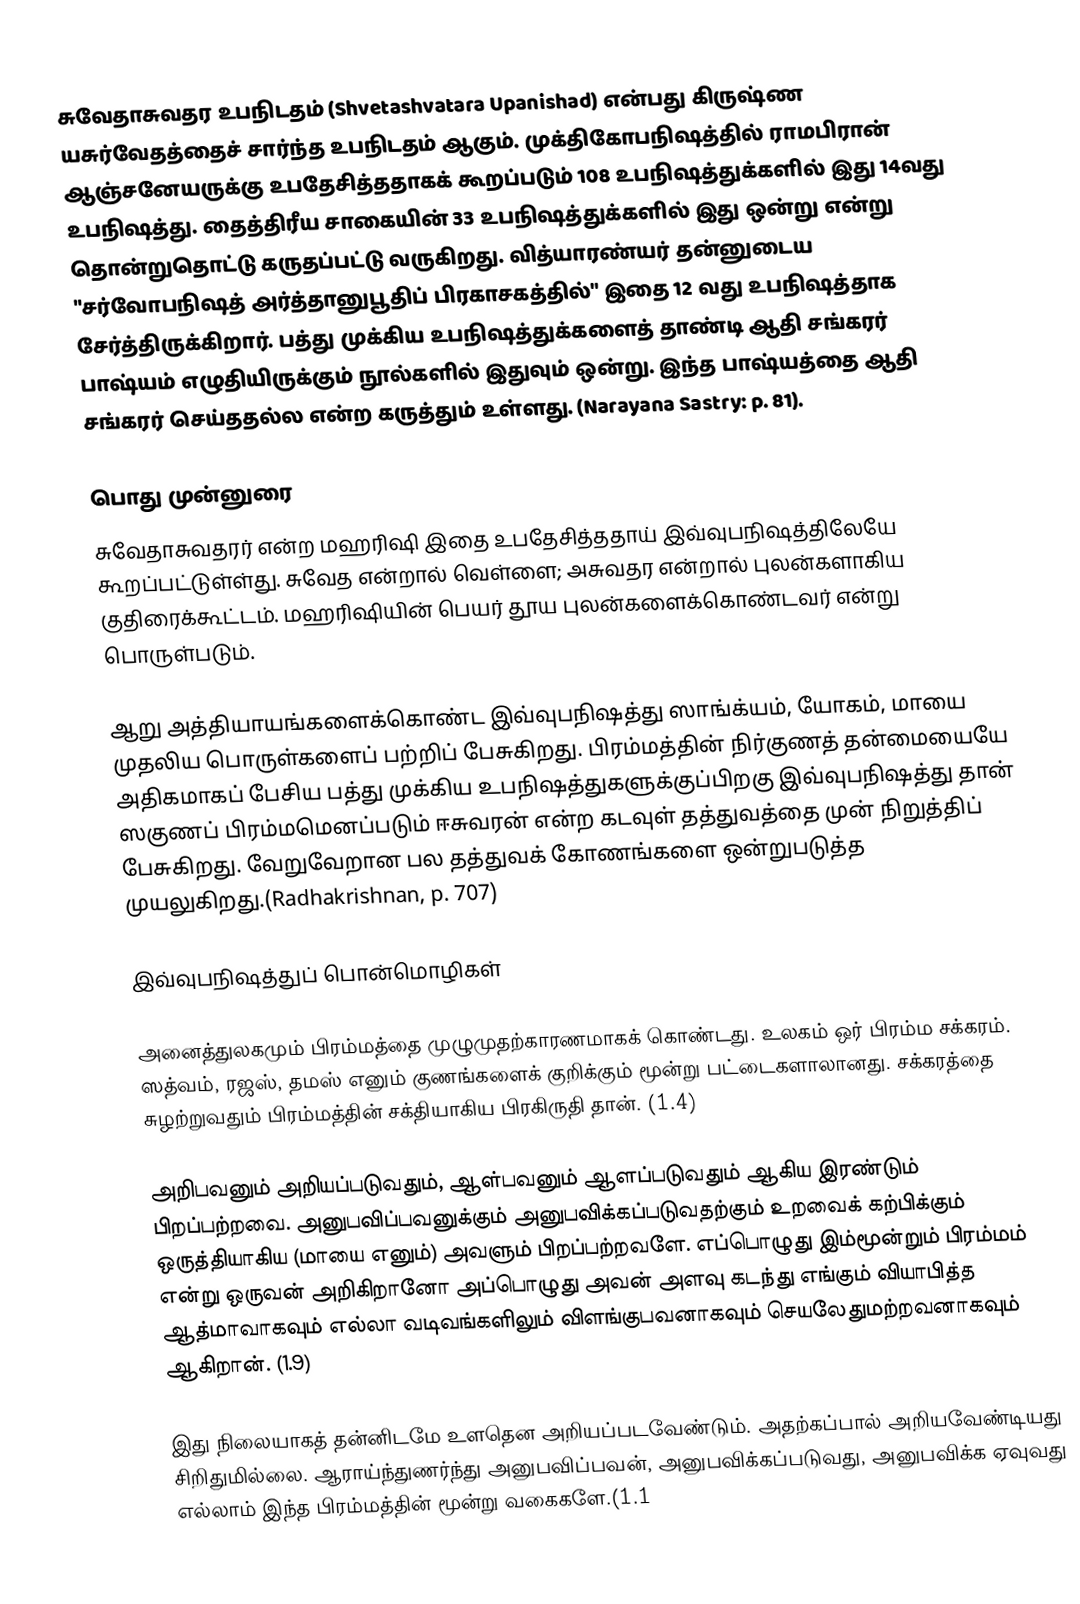
சுவேதாசுவதர உபநிடதம் (Shvetashvatara Upanishad) என்பது கிருஷ்ண யசுர்வேதத்தைச் சார்ந்த உபநிடதம் ஆகும். முக்திகோபநிஷத்தில் ராமபிரான் ஆஞ்சனேயருக்கு உபதேசித்ததாகக் கூறப்படும் 108 உபநிஷத்துக்களில் இது 14வது உபநிஷத்து. தைத்திரீய சாகையின் 33 உபநிஷத்துக்களில் இது ஒன்று என்று தொன்றுதொட்டு கருதப்பட்டு வருகிறது. வித்யாரண்யர் தன்னுடைய "சர்வோபநிஷத் அர்த்தானுபூதிப் பிரகாசகத்தில்" இதை 12 வது உபநிஷத்தாக சேர்த்திருக்கிறார். பத்து முக்கிய உபநிஷத்துக்களைத் தாண்டி ஆதி சங்கரர் பாஷ்யம் எழுதியிருக்கும் நூல்களில் இதுவும் ஒன்று. இந்த பாஷ்யத்தை ஆதி சங்கரர் செய்ததல்ல என்ற கருத்தும் உள்ளது. (Narayana Sastry: p. 81).

பொது முன்னுரை
சுவேதாசுவதரர் என்ற மஹரிஷி இதை உபதேசித்ததாய் இவ்வுபநிஷத்திலேயே கூறப்பட்டுள்ள்து. சுவேத என்றால் வெள்ளை; அசுவதர என்றால் புலன்களாகிய குதிரைக்கூட்டம். மஹரிஷியின் பெயர் தூய புலன்களைக்கொண்டவர் என்று பொருள்படும்.

ஆறு அத்தியாயங்களைக்கொண்ட இவ்வுபநிஷத்து  ஸாங்க்யம், யோகம், மாயை முதலிய பொருள்களைப் பற்றிப் பேசுகிறது. பிரம்மத்தின் நிர்குணத் தன்மையையே அதிகமாகப் பேசிய பத்து முக்கிய உபநிஷத்துகளுக்குப்பிறகு இவ்வுபநிஷத்து தான் ஸகுணப் பிரம்மமெனப்படும் ஈசுவரன் என்ற கடவுள் தத்துவத்தை முன் நிறுத்திப் பேசுகிறது. வேறுவேறான பல தத்துவக் கோணங்களை ஒன்றுபடுத்த முயலுகிறது.(Radhakrishnan, p. 707)

இவ்வுபநிஷத்துப் பொன்மொழிகள்

அனைத்துலகமும் பிரம்மத்தை முழுமுதற்காரணமாகக் கொண்டது. உலகம் ஒர் பிரம்ம சக்கரம். ஸத்வம், ரஜஸ், தமஸ் எனும் குணங்களைக் குறிக்கும் மூன்று பட்டைகளாலானது. சக்கரத்தை சுழற்றுவதும் பிரம்மத்தின் சக்தியாகிய பிரகிருதி தான். (1.4)

அறிபவனும் அறியப்படுவதும், ஆள்பவனும் ஆளப்படுவதும் ஆகிய இரண்டும் பிறப்பற்றவை. அனுபவிப்பவனுக்கும் அனுபவிக்கப்படுவதற்கும் உறவைக் கற்பிக்கும் ஒருத்தியாகிய (மாயை எனும்) அவளும் பிறப்பற்றவளே. எப்பொழுது இம்மூன்றும் பிரம்மம் என்று ஒருவன் அறிகிறானோ அப்பொழுது அவன் அளவு கடந்து எங்கும் வியாபித்த ஆத்மாவாகவும் எல்லா வடிவங்களிலும் விளங்குபவனாகவும் செயலேதுமற்றவனாகவும் ஆகிறான். (1.9)

இது நிலையாகத் தன்னிடமே உளதென அறியப்படவேண்டும். அதற்கப்பால் அறியவேண்டியது சிறிதுமில்லை. ஆராய்ந்துணர்ந்து அனுபவிப்பவன், அனுபவிக்கப்படுவது,  அனுபவிக்க ஏவுவது எல்லாம் இந்த பிரம்மத்தின் மூன்று வகைகளே.(1.1